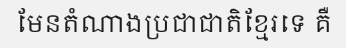
មែនតំណាងប្រជាជាតិខ្មែរទេ គឺ